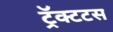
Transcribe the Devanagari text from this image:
ट्रॅक्टटस